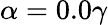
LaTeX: \alpha=0.0\gamma